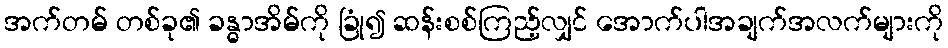
အက်တမ် တစ်ခု၏ ခန္ဓာအိမ်ကို ခြုံ၍ ဆန်းစစ်ကြည့်လျှင် အောက်ပါအချက်အလက်များကို